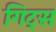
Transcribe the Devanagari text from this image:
गिट्स